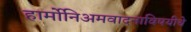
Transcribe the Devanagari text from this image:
हार्मोनिअमवादनाविषयीचे